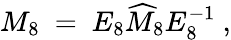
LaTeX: M_{8}\ =\ E_{8}\widehat M_{8}E_{8}^{-1}\ ,